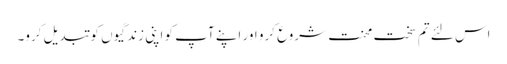
اس لئے تم سخت محنت شروع کرو اور اپنے آپ کو اپنی زندگیوں کو تبدیل کرو۔